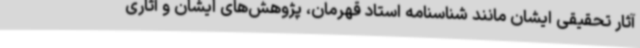
آثار تحقیقی ایشان مانند شناسنامه استاد قهرمان، پژوهش‌های ایشان و آثاری